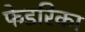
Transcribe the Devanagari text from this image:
फेडरिका